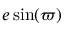
e \sin ( \varpi )